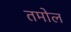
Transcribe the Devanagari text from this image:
तमोल